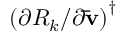
{ \left( { \partial { R _ { k } } / \partial { \bf { \bar { v } } } } \right) ^ { \dag } }